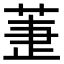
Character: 𦱥